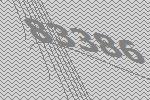
83386